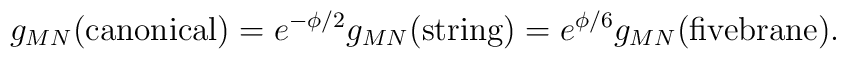
{g_{MN} ({\rm canonical}) = e^{-\phi/2} g_{MN}({\rm string}) =e^{\phi/6} g_{MN}({\rm fivebrane}).}